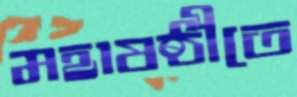
মহাষষ্ঠীতে